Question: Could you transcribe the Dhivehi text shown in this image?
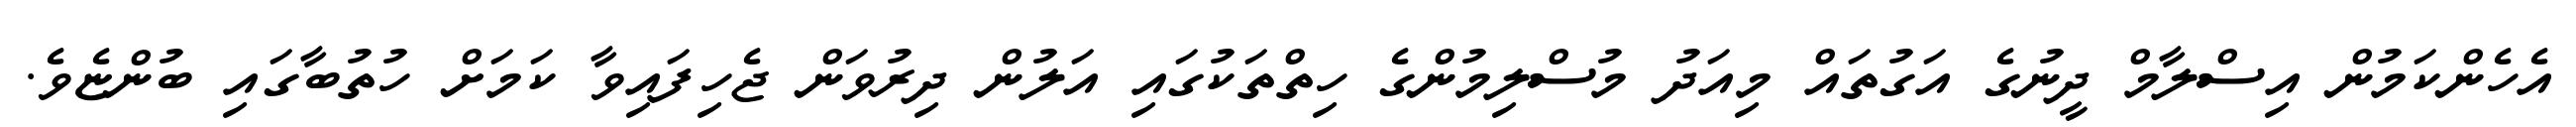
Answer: އެހެންކަމުން އިސްލާމް ދީނުގެ އަގުތައް މިއަދު މުސްލިމުންގެ ހިތްތަކުގައި އަލުން ދިރުވަން ޖެހިފައިވާ ކަމަށް ހުތުބާގައި ބުންޏެވެ.